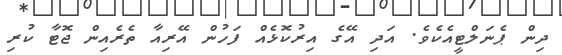
ދިން ޕެނަލްޓީއެކެވެ. އަދި އޭގެ އިރުކޮޅެއް ފަހުން އޭރިއާ ތެރެއިން ޖޮޓާ ކުރި